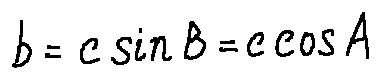
b = c \sin B = c \cos A